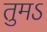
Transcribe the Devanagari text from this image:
तुमऽ